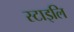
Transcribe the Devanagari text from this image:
स्टाइलि